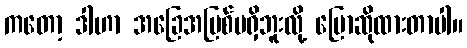
ကတော့ ဒါဟာ အခြေအမြစ်မရှိဘူးလို့ ပြောဆိုထားတာပါ။